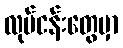
လုပ်ငန်းတွေမှာ